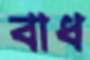
বাধ